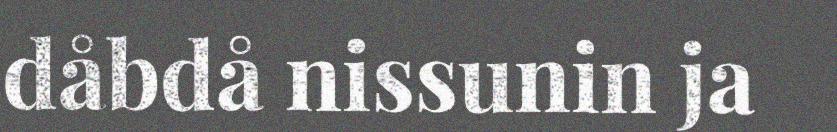
dåbdå nissunin ja